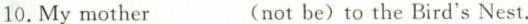
10.My mother ___(not be) to the Bird's Nest.